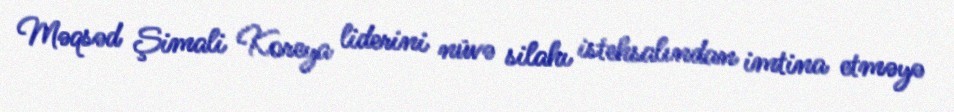
Məqsəd Şimali Koreya liderini nüvə silahı istehsalından imtina etməyə